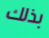
بذلك